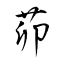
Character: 茆